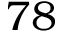
7 8